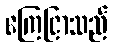
ကြေငြာသည်